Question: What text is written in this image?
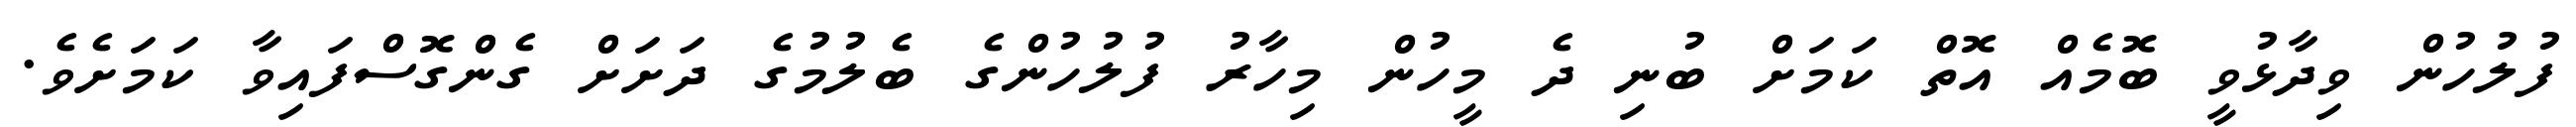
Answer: ފުލުހުން ވިދާޅުވީ ބޮމެއް އޮތް ކަމަށް ބުނި ދެ މީހުން މިހާރު ފުލުހުންގެ ބެލުމުގެ ދަށަށް ގެންގޮސްފައިވާ ކަމަށެވެ.